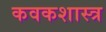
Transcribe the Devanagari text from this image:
कवकशास्त्र